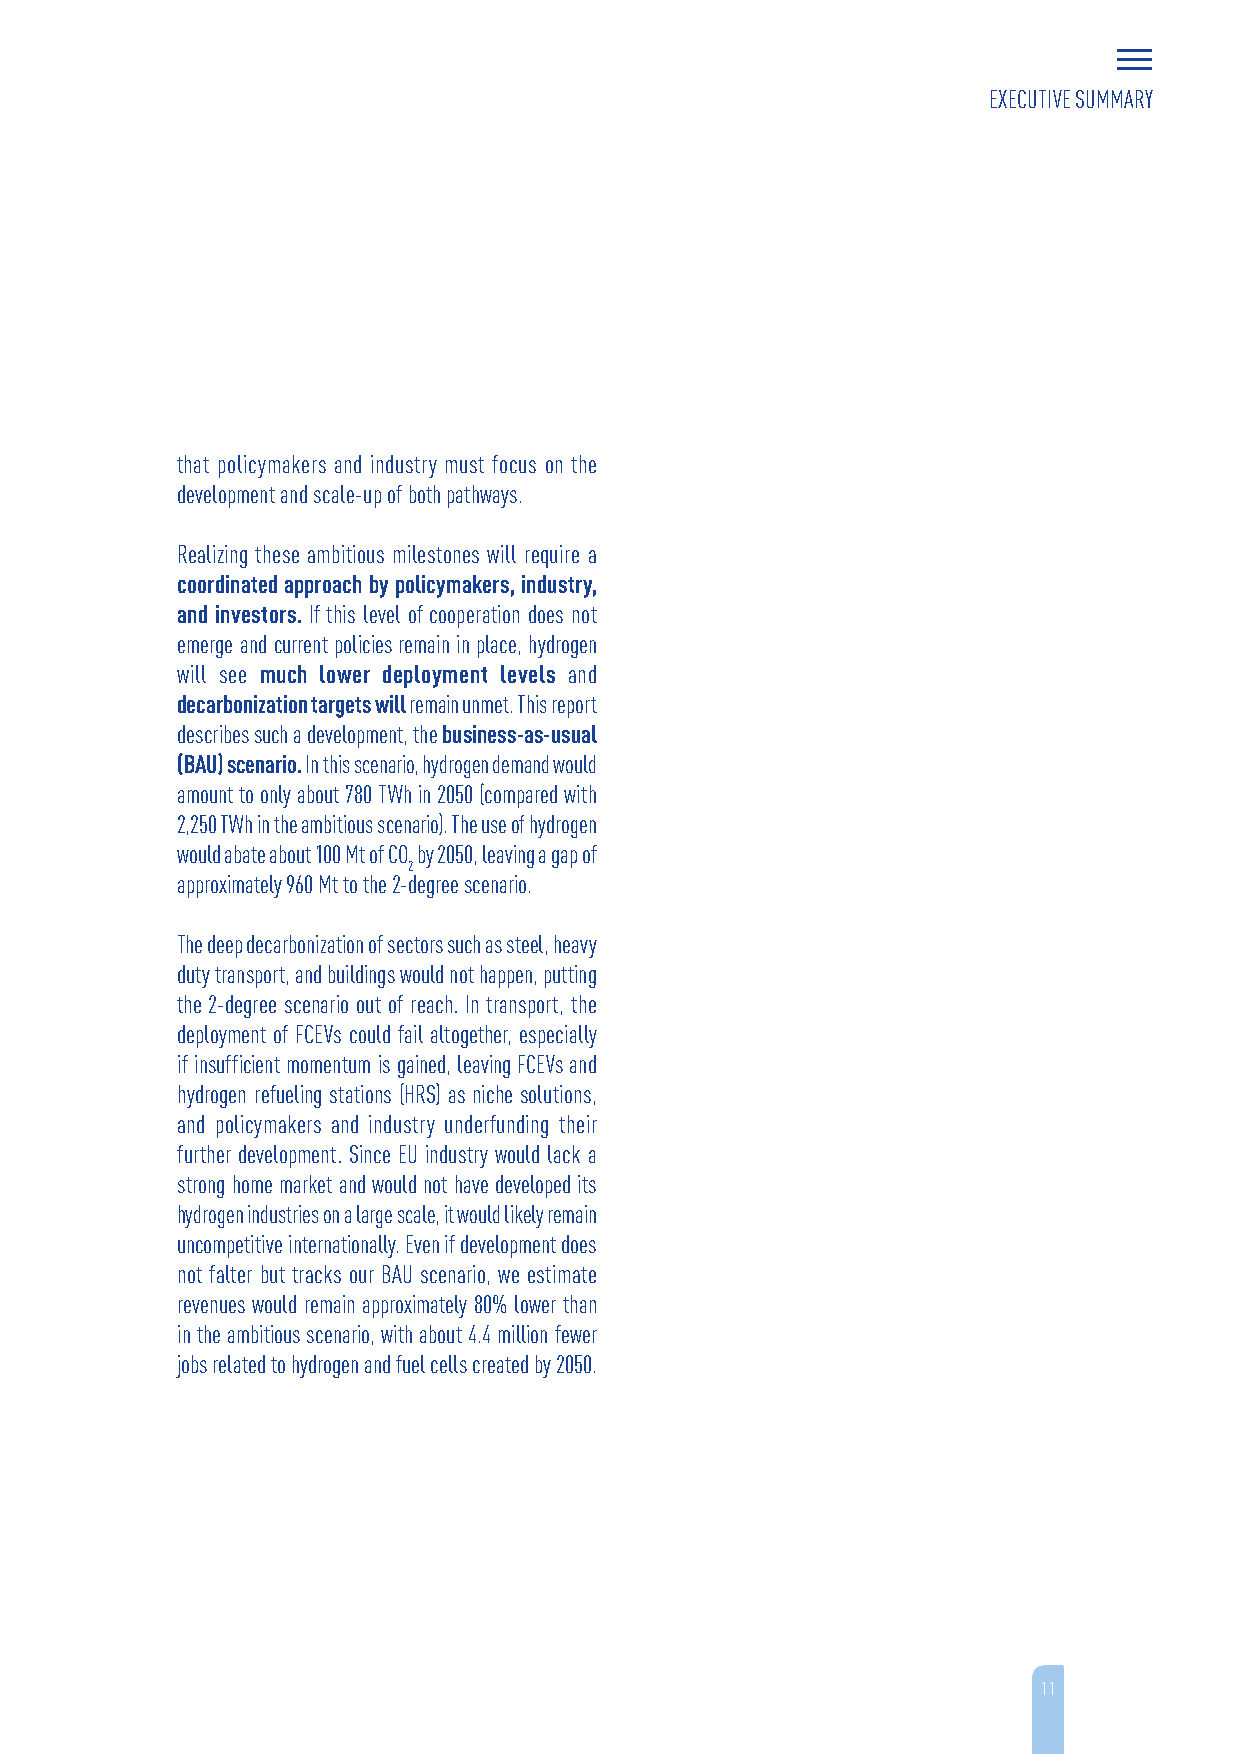
EXECUTIVE SUMMARY
 that policymakers and industry must focus on the
 development and scale-up of both pathways.
 Realizing these ambitious milestones will require a
 coordinated approach by policymakers, industry,
 and investors. If this level of cooperation does not
 emerge and current policies remain in place, hydrogen
 will see much lower deployment levels and
 decarbonization targets will remain unmet. This report
 describes such a development, the business-as-usual
 (BAU) scenario. In this scenario, hydrogen demand would
 amount to only about 780 TWh in 2050 (compared with
 2,250 TWh in the ambitious scenario). The use of hydrogen
 would abate about 100 Mt of CO by 2050, leaving a gap of
 2
 approximately 960 Mt to the 2-degree scenario.
 The deep decarbonization of sectors such as steel, heavy
 duty transport, and buildings would not happen, putting
 the 2-degree scenario out of reach. In transport, the
 deployment of FCEVs could fail altogether, especially
 if insufficient momentum is gained, leaving FCEVs and
 hydrogen refueling stations (HRS) as niche solutions,
 and policymakers and industry underfunding their
 further development. Since EU industry would lack a
 strong home market and would not have developed its
 hydrogen industries on a large scale, it would likely remain
 uncompetitive internationally. Even if development does
 not falter but tracks our BAU scenario, we estimate
 revenues would remain approximately 80% lower than
 in the ambitious scenario, with about 4.4 million fewer
 jobs related to hydrogen and fuel cells created by 2050.
 11